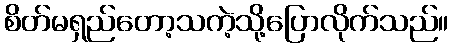
စိတ်မရှည်တော့သကဲ့သို့ပြောလိုက်သည်။